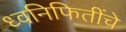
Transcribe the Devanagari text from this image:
ध्वनिफितींचे